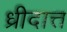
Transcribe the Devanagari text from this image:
ध्रीदात्त